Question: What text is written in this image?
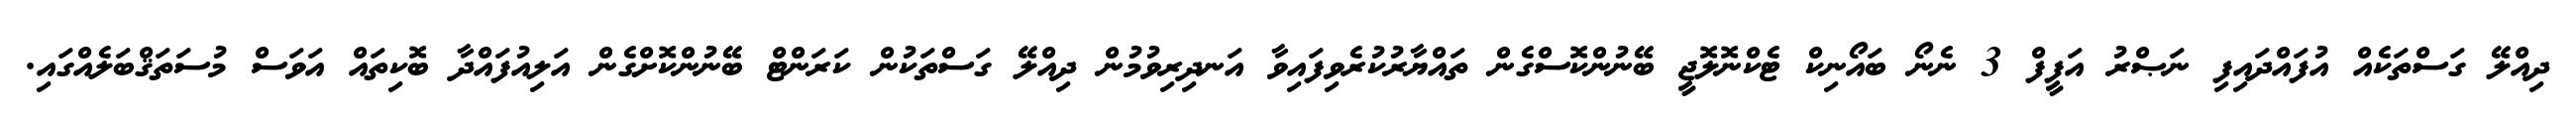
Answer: ދިއްލޭ ގަސްތަކެއް އުފައްދައިފި ނަޞްރު އަފީފް 3 ނެނޯ ބައޯނިކް ޓެކްނޮލޮޖީ ބޭނުންކޮސްގެން ތައްޔާރުކުރެވިފައިވާ އަނދިރިވުމުން ދިއްލޭ ގަސްތަކުން ކަރަންޓް ބޭނުންކޮށްގެން އަލިއުފައްދާ ބޮކިތައް އަވަސް މުސަތަޤްބަލެއްގައި.